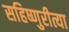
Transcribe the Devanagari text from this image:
सहिष्णुरीत्या